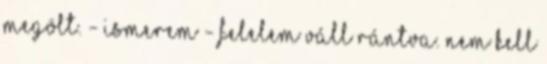
megölt. - Ismerem - felelem váll rántva. Nem kell